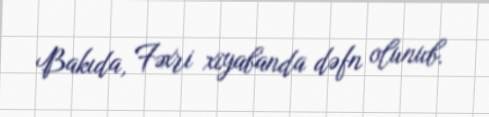
Bakıda, Fəxri xiyabanda dəfn olunub.